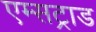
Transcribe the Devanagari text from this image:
एम्सट्राड